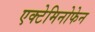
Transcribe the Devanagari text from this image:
एक्टेमिनोफेन